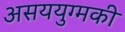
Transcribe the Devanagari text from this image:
असययुग्मकी